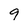
Character: 9